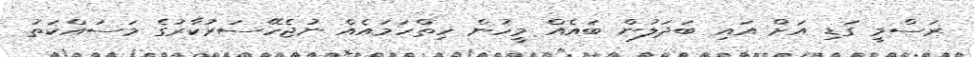
ރަސްމީ ގަޑި އަށް އައި ބަދަލުން ބައެއް މީހުން ހިތްހަމައެއް ނުޖެހޭސަރުކާރުގެ މަސައްކަތު